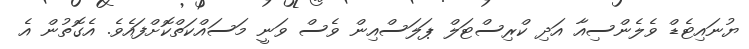
ޔުނައިޓެޑް ވެލެންސިއާ އަދި ކްރިސްޓަލް ޕަލަސްއިން ވެސް ވަނީ މަސައްކަތްކޮށްފައެވެ. އެގޮތުން އެ